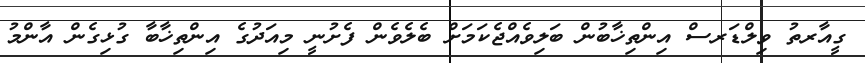
ގީއާރތު ވިލްޑަރސް އިންތިޚާބުން ބަލިވެއްޖެކަމަށް ބެލެވެން ފެށުނީ މިއަދުގެ އިންތިޚާބާ ގުޅިގެން އާންމު